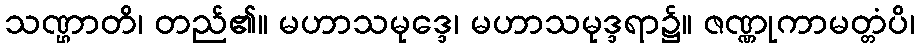
သဏ္ဌာတိ၊ တည်၏။ မဟာသမုဒ္ဒေ၊ မဟာသမုဒ္ဒရာ၌။ ဇဏ္ဏုကာမတ္တံပိ၊